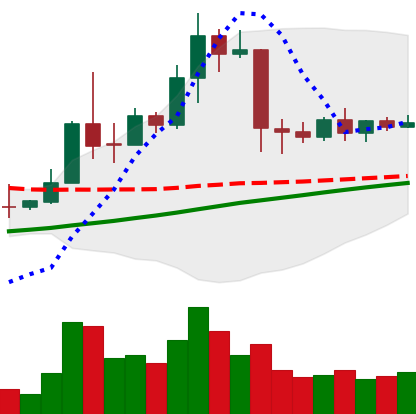
Ticker: TRX-USD
Chart end date: 2019-04-18
Forward return: -9.224%
Label: down_7plus